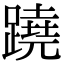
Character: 蹺